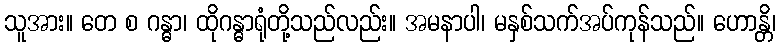
သူအား။ တေ စ ဂန္ဓာ၊ ထိုဂန္ဓာရုံတို့သည်လည်း။ အမနာပါ၊ မနှစ်သက်အပ်ကုန်သည်။ ဟောန္တိ၊